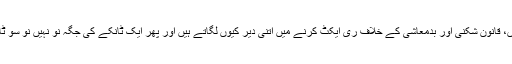
ہم بدصورتیوں اور بے رحمیوں، قانون شکنی اور بدمعاشی کے خلاف ری ایکٹ کرنے میں اتنی دیر کیوں لگاتے ہیں اور پھر ایک ٹانکے کی جگہ نو نہیں نو سو ٹانکوں کی نوبت کیوں آتی ہے؟